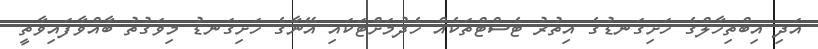
އަދި އިބްތިހާލްގެ ހަށިގަނޑުގެ އިތުރު ޓެސްޓްތަކެއް ހެދުމަށްޓަކައި އޭނާގެ ހަށިގަނޑު މިވަގުތު ބާއްވާފައިވާތީ